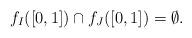
LaTeX: \begin{align*} f_{I} ([0,1]) \cap f_{J} ([0,1]) = \emptyset.\end{align*}